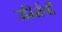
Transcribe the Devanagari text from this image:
उर्म्मियाँ